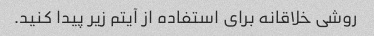
روشی خلاقانه برای استفاده از آیتم زیر پیدا کنید.